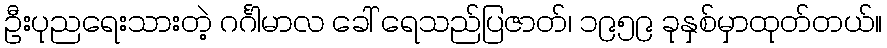
ဦးပုညရေးသားတဲ့ ဂင်္ဂါမာလ ခေါ် ရေသည်ပြဇာတ်၊ ၁၉၅၉ ခုနှစ်မှာထုတ်တယ်။